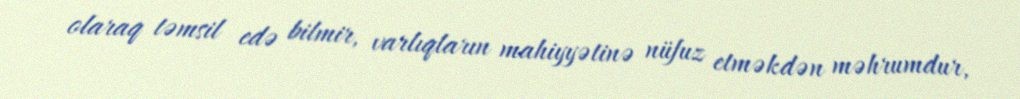
olaraq təmsil edə bilmir, varlıqların mahiyyətinə nüfuz etməkdən məhrumdur,